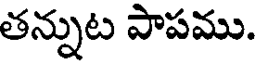
తన్నుట పాపము.